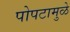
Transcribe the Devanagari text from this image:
पोपटामुळे